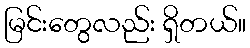
မြင်းတွေလည်း ရှိတယ်။